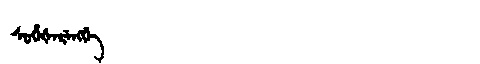
Manchu: ᠰᡠᡥᡝᡧᡝᡵᡝᠩᡤᡝ
Romanization: SUHEŠERENGGE